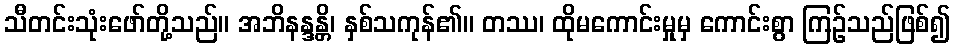
သီတင်းသုံးဖော်တို့သည်။ အဘိနန္ဒန္တိ၊ နှစ်သကုန်၏။ တဿ၊ ထိုမကောင်းမှုမှ ကောင်းစွာ ကြဉ်သည်ဖြစ်၍